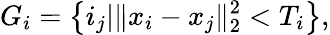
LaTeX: G_{i}=\left\lbrace i_{j}|\| x_{i}-x_{j}\| _{2}^{2}<T_{i}\right\rbrace,